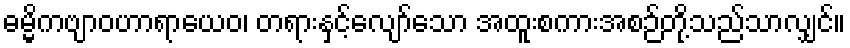
ဓမ္မိကဗျာဝဟာရာယေဝ၊ တရားနှင့်လျော်သော အထူးစကားအစဉ်တို့သည်သာလျှင်။